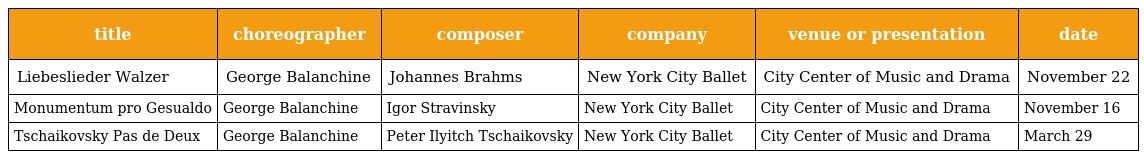
| title | choreographer | composer | company | venue or presentation | date |
 | --- | --- | --- | --- | --- | --- |
 | Liebeslieder Walzer | George Balanchine | Johannes Brahms | New York City Ballet | City Center of Music and Drama | November 22 |
 | Monumentum pro Gesualdo | George Balanchine | Igor Stravinsky | New York City Ballet | City Center of Music and Drama | November 16 |
 | Tschaikovsky Pas de Deux | George Balanchine | Peter Ilyitch Tschaikovsky | New York City Ballet | City Center of Music and Drama | March 29 |